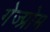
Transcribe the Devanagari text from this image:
गेज्प्रोम